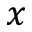
x